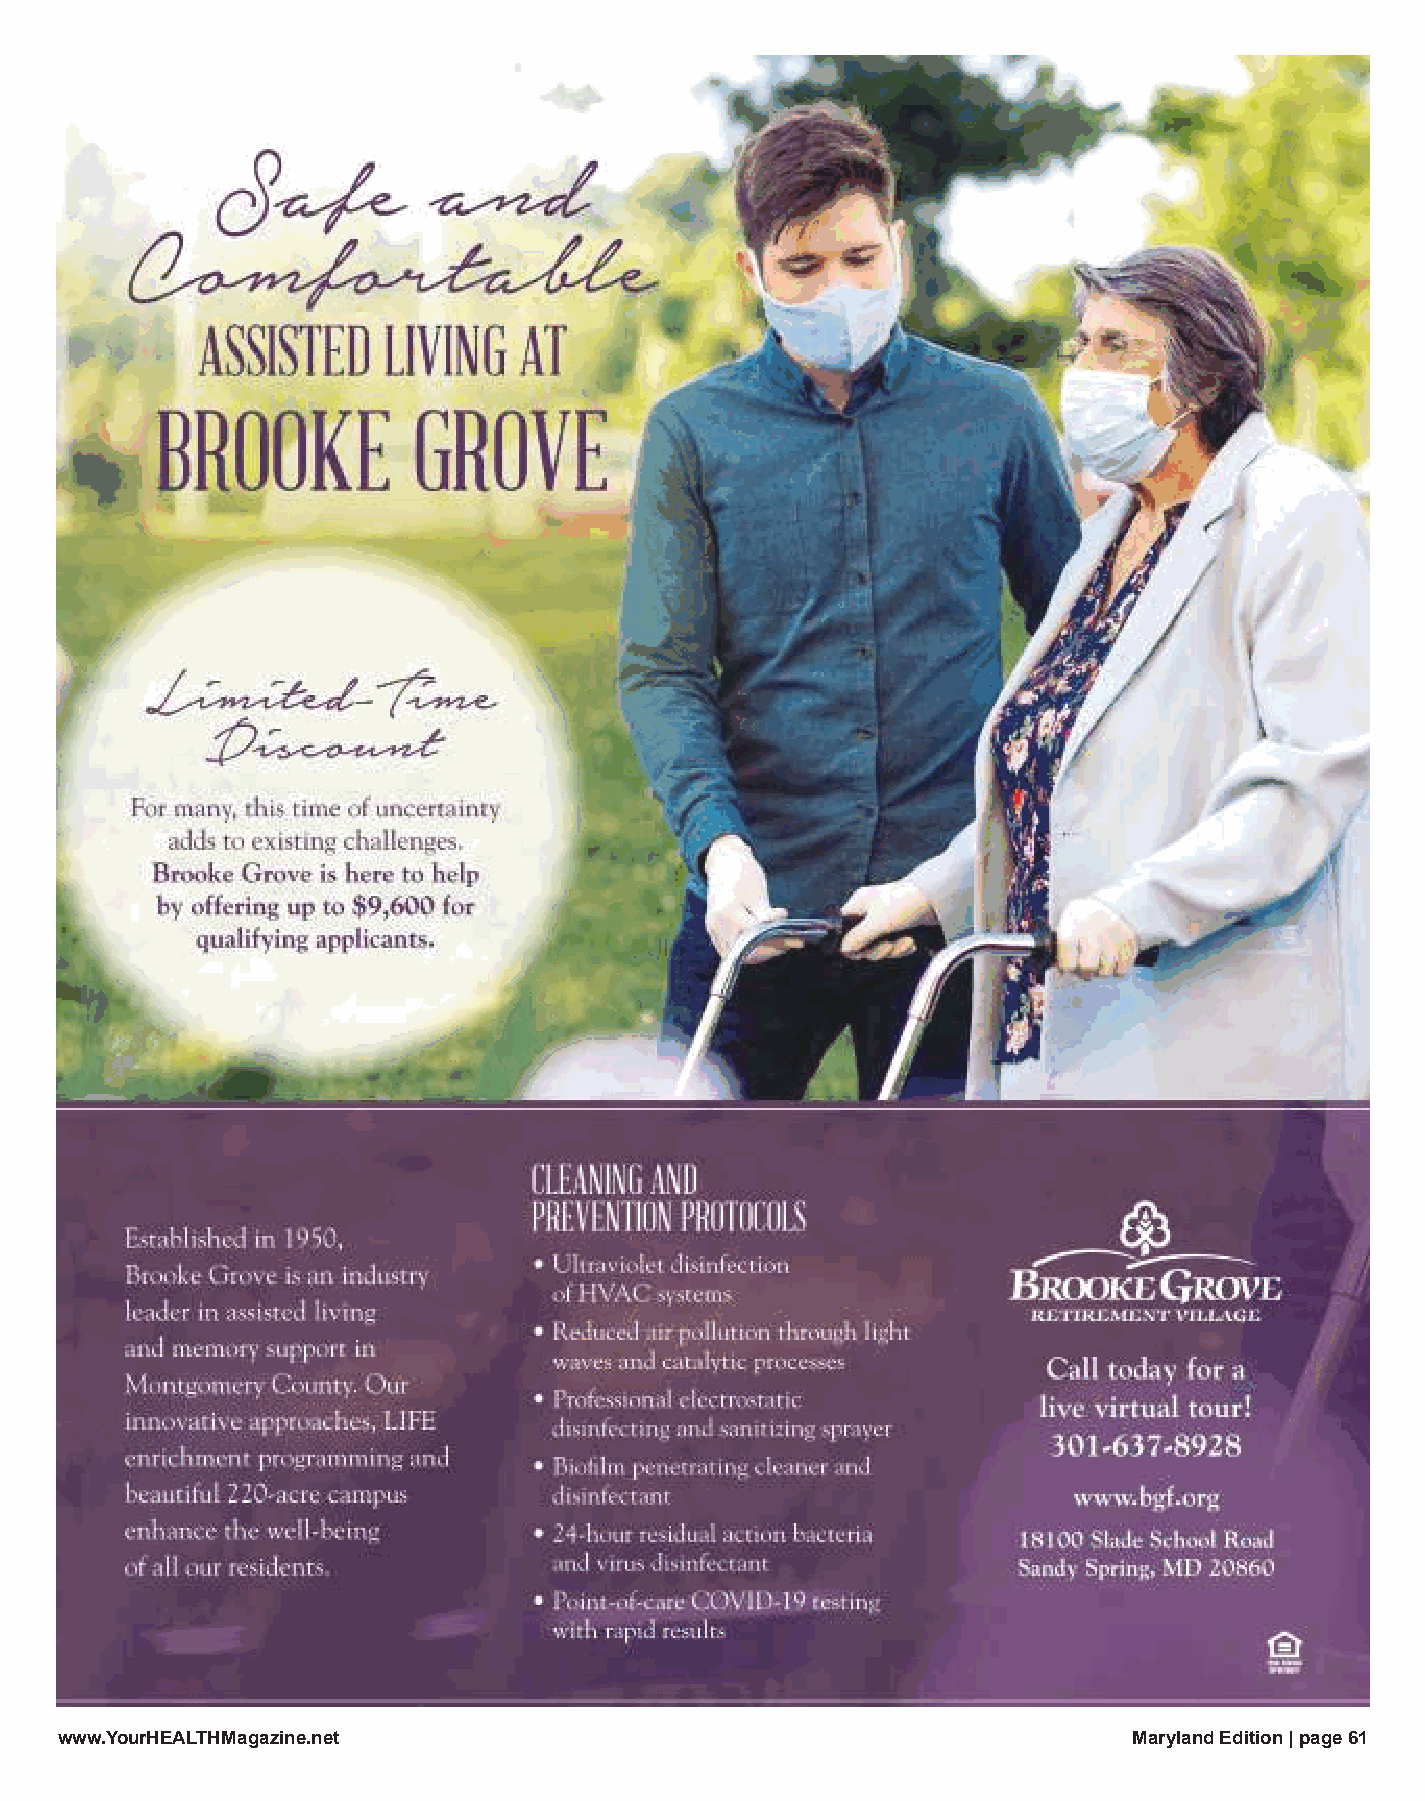
wwwwww..YYoouurrHHEEAALLTTHHMMaaggaazziinnee..nneett                   Maryland Edition | page 61